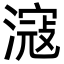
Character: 滱